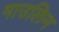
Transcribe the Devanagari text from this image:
माउलिन